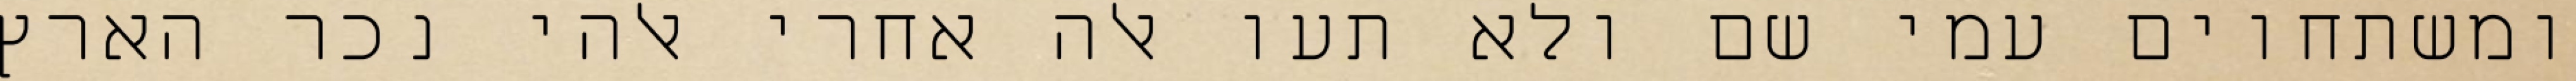
ומשתחוים עמי שם ולא תעו אלה אחרי אלהי נכר הארץ